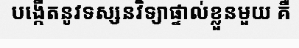
បង្កើតនូវទស្សនវិទ្យាផ្ទាល់ខ្លួនមួយ គឺ